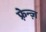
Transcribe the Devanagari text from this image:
फ़्रेन्ज़